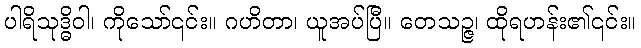
ပါရိသုဒ္ဓိဝါ၊ ကိုသော်၎င်း။ ဂဟိတာ၊ ယူအပ်ပြီ။ တေသဉ္ဇ၊ ထိုရဟန်း၏၎င်း။